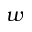
w